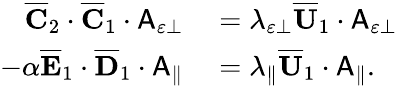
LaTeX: \begin{array}{rl}{\overline{{\mathbf{C}}}_{2}\cdot\overline{{\mathbf{C}}}_{1}\cdot\mathsf{A}_{\varepsilon\perp}}&{{}=\lambda_{\varepsilon\perp}\overline{{\mathbf{U}}}_{1}\cdot\mathsf{A}_{\varepsilon\perp}}\\ {-\alpha\overline{{\mathbf{E}}}_{1}\cdot\overline{{\mathbf{D}}}_{1}\cdot\mathsf{A}_{\parallel}}&{{}=\lambda_{\parallel}\overline{{\mathbf{U}}}_{1}\cdot\mathsf{A}_{\parallel}.}\end{array}